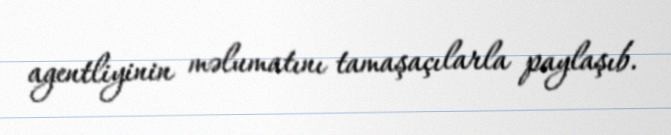
agentliyinin məlumatını tamaşaçılarla paylaşıb.